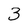
Character: 3